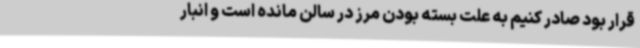
قرار بود صادر کنیم به علت بسته بودن مرز در سالن مانده است و انبار